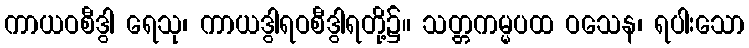
ကာယဝစီဒွါ ရေသု၊ ကာယဒွါရဝစီဒွါရတို့၌။ သတ္တကမ္မပထ ဝသေန၊ ရပါးသော